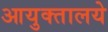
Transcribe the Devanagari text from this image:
आयुक्तालये